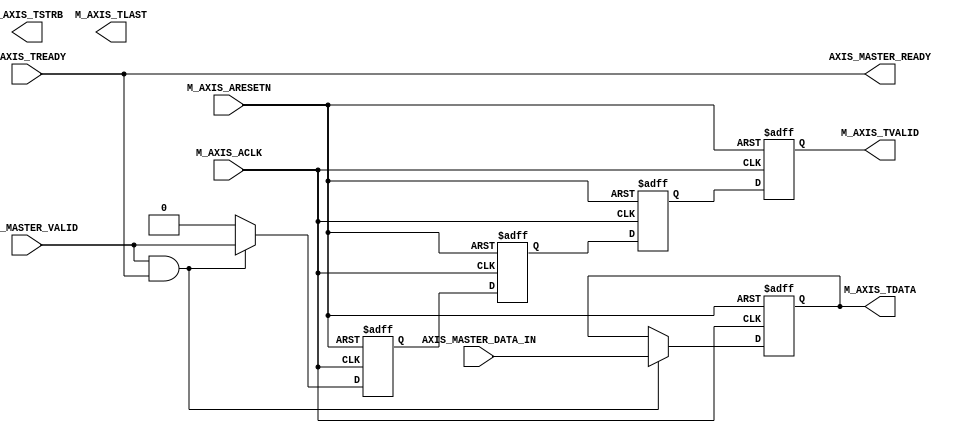
module axi_stream_sample_v1_0_M00_AXIS_A #
	(
		// Users to add parameters here

		// User parameters ends
		// Do not modify the parameters beyond this line

		// Width of S_AXIS address bus. The slave accepts the read and write addresses of width C_M_AXIS_TDATA_WIDTH.
		parameter integer C_M_AXIS_TDATA_WIDTH	= 32,
		// Start count is the numeber of clock cycles the master will wait before initiating/issuing any transaction.
		parameter integer C_M_START_COUNT	= 32
	)
	(
		// Users to add ports here
            input  wire AXIS_MASTER_VALID,
		    output wire AXIS_MASTER_READY,
	        input  wire [C_M_AXIS_TDATA_WIDTH-1 : 0] AXIS_MASTER_DATA_IN,	
		// User ports ends
		// Do not modify the ports beyond this line

		// Global ports
		input wire  M_AXIS_ACLK,
		// 
		input wire  M_AXIS_ARESETN,
		// Master Stream Ports. TVALID indicates that the master is driving a valid transfer, A transfer takes place when both TVALID and TREADY are asserted. 
		output wire  M_AXIS_TVALID,
		// TDATA is the primary payload that is used to provide the data that is passing across the interface from the master.
		output wire [C_M_AXIS_TDATA_WIDTH-1 : 0] M_AXIS_TDATA,
		// TSTRB is the byte qualifier that indicates whether the content of the associated byte of TDATA is processed as a data byte or a position byte.
		output wire [(C_M_AXIS_TDATA_WIDTH/8)-1 : 0] M_AXIS_TSTRB,
		// TLAST indicates the boundary of a packet.
		output wire  M_AXIS_TLAST,
		// TREADY indicates that the slave can accept a transfer in the current cycle.
		input wire  M_AXIS_TREADY
	);
                           

	// Add user logic here
	   reg [C_M_AXIS_TDATA_WIDTH-1 : 0] data_in;
	   reg m_axis_valid;
	   reg m_axis_valid_1;
	   reg m_axis_valid_2;
	   reg m_axis_valid_3;
           always @(posedge M_AXIS_ACLK or negedge M_AXIS_ARESETN)
	   begin
           	if (!M_AXIS_ARESETN)
           	begin
		         data_in <= 31'b0;
		         m_axis_valid <= 0;
		         m_axis_valid_1 <= 0;
		         m_axis_valid_2 <= 0;
		         m_axis_valid_3 <= 0;
           	end
           	else if (AXIS_MASTER_VALID && M_AXIS_TREADY)
           	begin
		         data_in <= AXIS_MASTER_DATA_IN;
		         m_axis_valid_1 <= AXIS_MASTER_VALID;
		         m_axis_valid_2 <= m_axis_valid_1;
		         m_axis_valid_3 <= m_axis_valid_2;
		         m_axis_valid   <= m_axis_valid_3;
           	end
           	     else
           	     begin
                 data_in        <= data_in;
                 m_axis_valid_1 <= 0;
                 m_axis_valid_2 <= m_axis_valid_1;
                 m_axis_valid_3 <= m_axis_valid_2;
                 m_axis_valid   <= m_axis_valid_3;
                 end
           end
                assign  AXIS_MASTER_READY = M_AXIS_TREADY;
                assign  M_AXIS_TVALID     = m_axis_valid;
		        assign  M_AXIS_TDATA      = data_in;
	// User logic ends

	endmodule